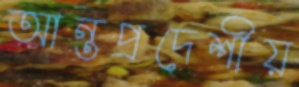
আন্তপ্রদেশীয়